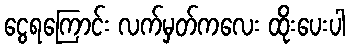
ငွေရကြောင်း လက်မှတ်ကလေး ထိုးပေးပါ